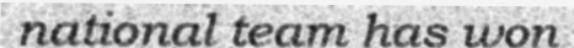
national team has won